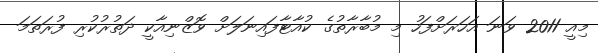
މިއީ 2011 ވަނަ އަހަރަށްފަހު މި މުބާރާތުގެ ކުއާޓާފައިނަލަށް ވޮޒްނިއާކީ ދަތުރުކުރި ފުރަތަމަ